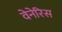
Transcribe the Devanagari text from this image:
वेनेरिस